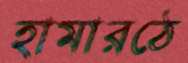
হামারঠে